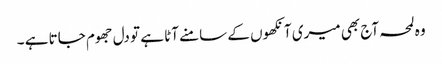
وہ لمحہ آج بھی میری آنکھوں کے سامنے آٹا ہے تو دل جھوم جاتا ہے ۔